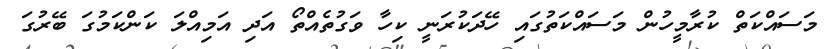
މަސައްކަތް ކުރާމީހުން މަސައްކަތުގައި ހޭދަކުރަނީ ކިހާ ވަގުތެއްތޯ އަދި އަމިއްލަ ކަންކަމުގަ ބޭރުގަ